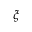
\xi